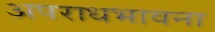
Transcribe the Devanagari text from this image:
अपराधभावना